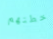
خطتهم